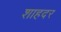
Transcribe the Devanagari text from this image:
शाहदर